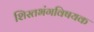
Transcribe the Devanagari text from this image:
शिस्तभंगविषयक